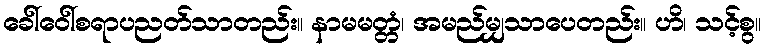
ခေါ်ဝေါ်စရာပညတ်သာတည်း။ နာမမတ္တံ၊ အမည်မျှသာပေတည်း။ ဟိ၊ သင့်စွ။